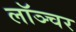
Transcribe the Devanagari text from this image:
लॉञ्चर